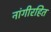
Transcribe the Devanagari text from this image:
नांगीरहित